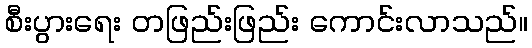
စီးပွားရေး တဖြည်းဖြည်း ကောင်းလာသည်။